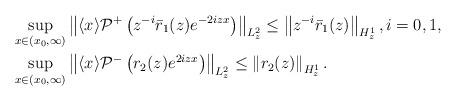
LaTeX: \begin{align*}&\sup _{x \in\left(x_{0}, \infty\right)}\left\| \langle x\rangle \mathcal{P}^{+}\left(z^{-i}\bar{r}_1(z) e^{-2i z x}\right)\right\|_{L_z^2}\leq\left\|z^{-i}\bar r_1(z)\right\|_{H^1_z},i=0,1,\\&\sup _{x \in\left(x_0, \infty\right)}\left\|\langle x\rangle \mathcal{P}^-\left(r_2(z) e^{2iz x}\right)\right\|_{L_{z}^2}\leq\left\|r_2(z)\right\|_{H^1_z}.\end{align*}